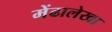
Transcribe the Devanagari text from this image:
मेंढालेखा